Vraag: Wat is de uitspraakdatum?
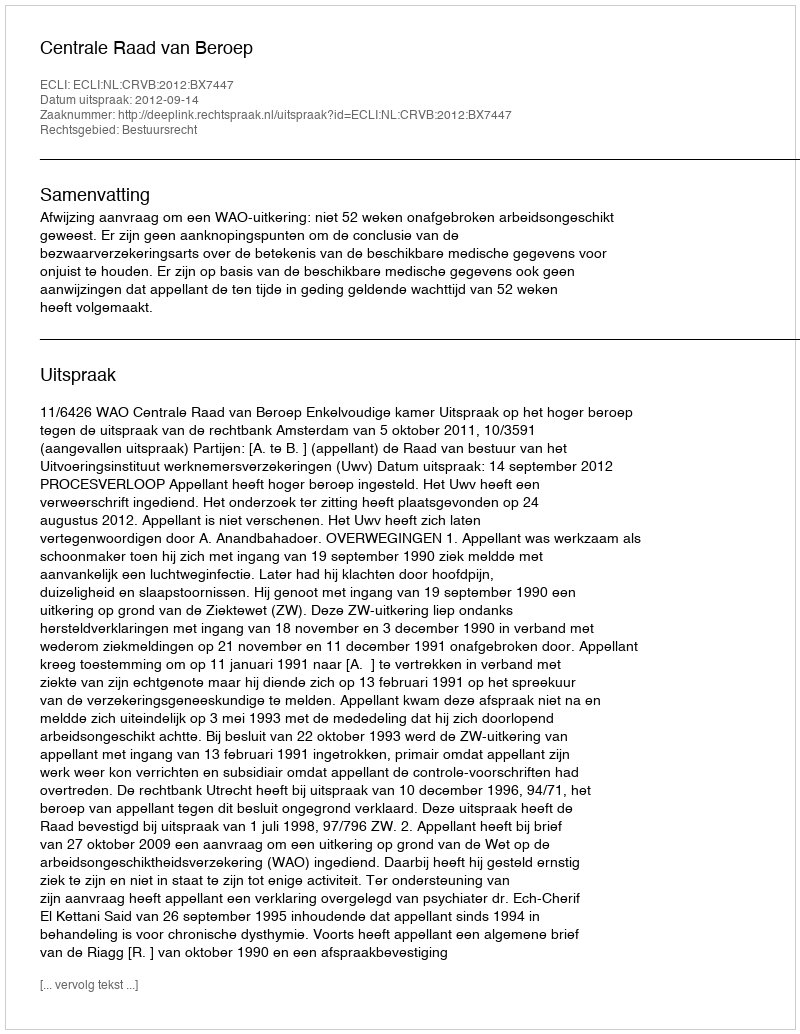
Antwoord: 2012-09-14